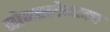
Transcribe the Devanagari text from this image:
बोबरलेम्टक्प